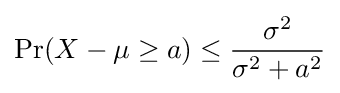
\Pr(X-\mu \geq a)\leq {\frac {\sigma ^{2}}{\sigma ^{2}+a^{2}}}